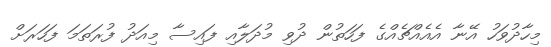
މިހާދުވަހު އޭނާ އެއެއްޗެއްގެ ފަހަތުން ދުވި މުދަލާއި ފައިސާ މިއަދު ފުރަތަމަ ފަހަރަށް